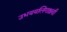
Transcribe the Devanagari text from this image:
उभययलिंगाश्रयी